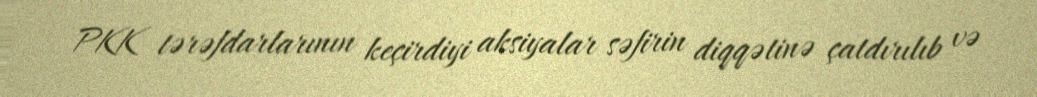
PKK tərəfdarlarının keçirdiyi aksiyalar səfirin diqqətinə çatdırılıb və